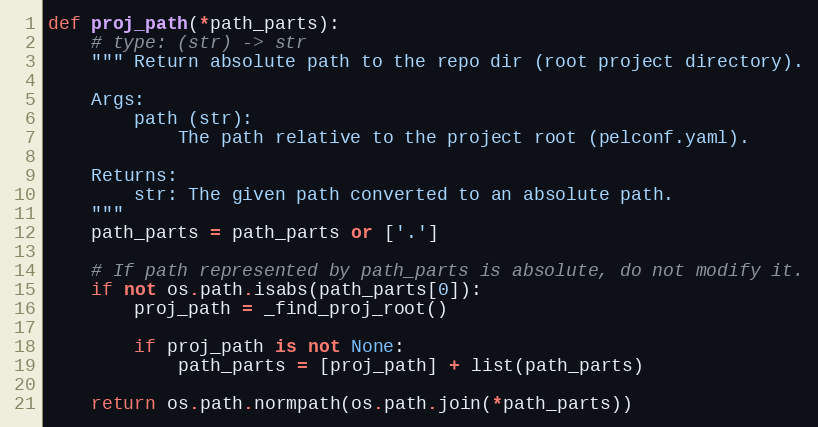
Language: Python
def proj_path(*path_parts):
    # type: (str) -> str
    """ Return absolute path to the repo dir (root project directory).

    Args:
        path (str):
            The path relative to the project root (pelconf.yaml).

    Returns:
        str: The given path converted to an absolute path.
    """
    path_parts = path_parts or ['.']

    # If path represented by path_parts is absolute, do not modify it.
    if not os.path.isabs(path_parts[0]):
        proj_path = _find_proj_root()

        if proj_path is not None:
            path_parts = [proj_path] + list(path_parts)

    return os.path.normpath(os.path.join(*path_parts))